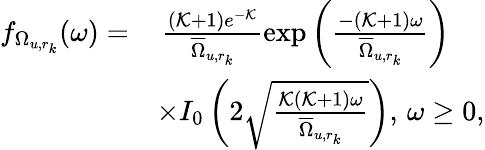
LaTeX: \begin{array}{rl}{f_{\Omega_{u,r_{k}}}(\omega)=}&{\, \frac{(\mathcal{K}+1)e^{-\mathcal{K}}}{\overline{{\Omega}}_{u,r_{k}}}\exp\left(\frac{-(\mathcal{K}+1)\omega}{\overline{{\Omega}}_{u,r_{k}}}\right)}\\ &{\times I_{0}\left(2\sqrt{\frac{\mathcal{K}(\mathcal{K}+1)\omega}{\overline{{\Omega}}_{u,r_{k}}}}\right),\, \omega\geq 0,}\end{array}